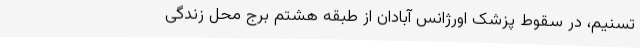
تسنیم، در ‌سقوط ‌پزشک اورژانس آبادان از طبقه هشتمِ برجِ محل زندگی